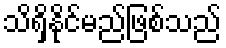
သိရှိနိုင်မည်ဖြစ်သည်